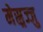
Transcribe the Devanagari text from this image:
मेस्र्रज्जु